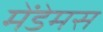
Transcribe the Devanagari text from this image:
मेंडेमस